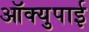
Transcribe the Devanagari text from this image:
ऑक्युपाई